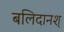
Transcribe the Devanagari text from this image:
बलिदानश्